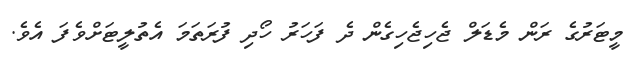
މީޓަރުގެ ރަން މެޑަލް ޖެހިޖެހިގެން ދެ ފަހަރު ހޯދި ފުރަތަމަ އެތުލީޓަށްވެފަ އެވެ.